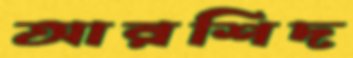
আরশিদ